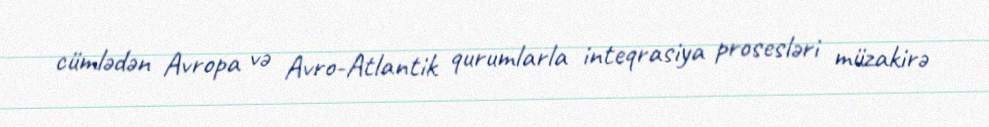
cümlədən Avropa və Avro-Atlantik qurumlarla inteqrasiya prosesləri müzakirə